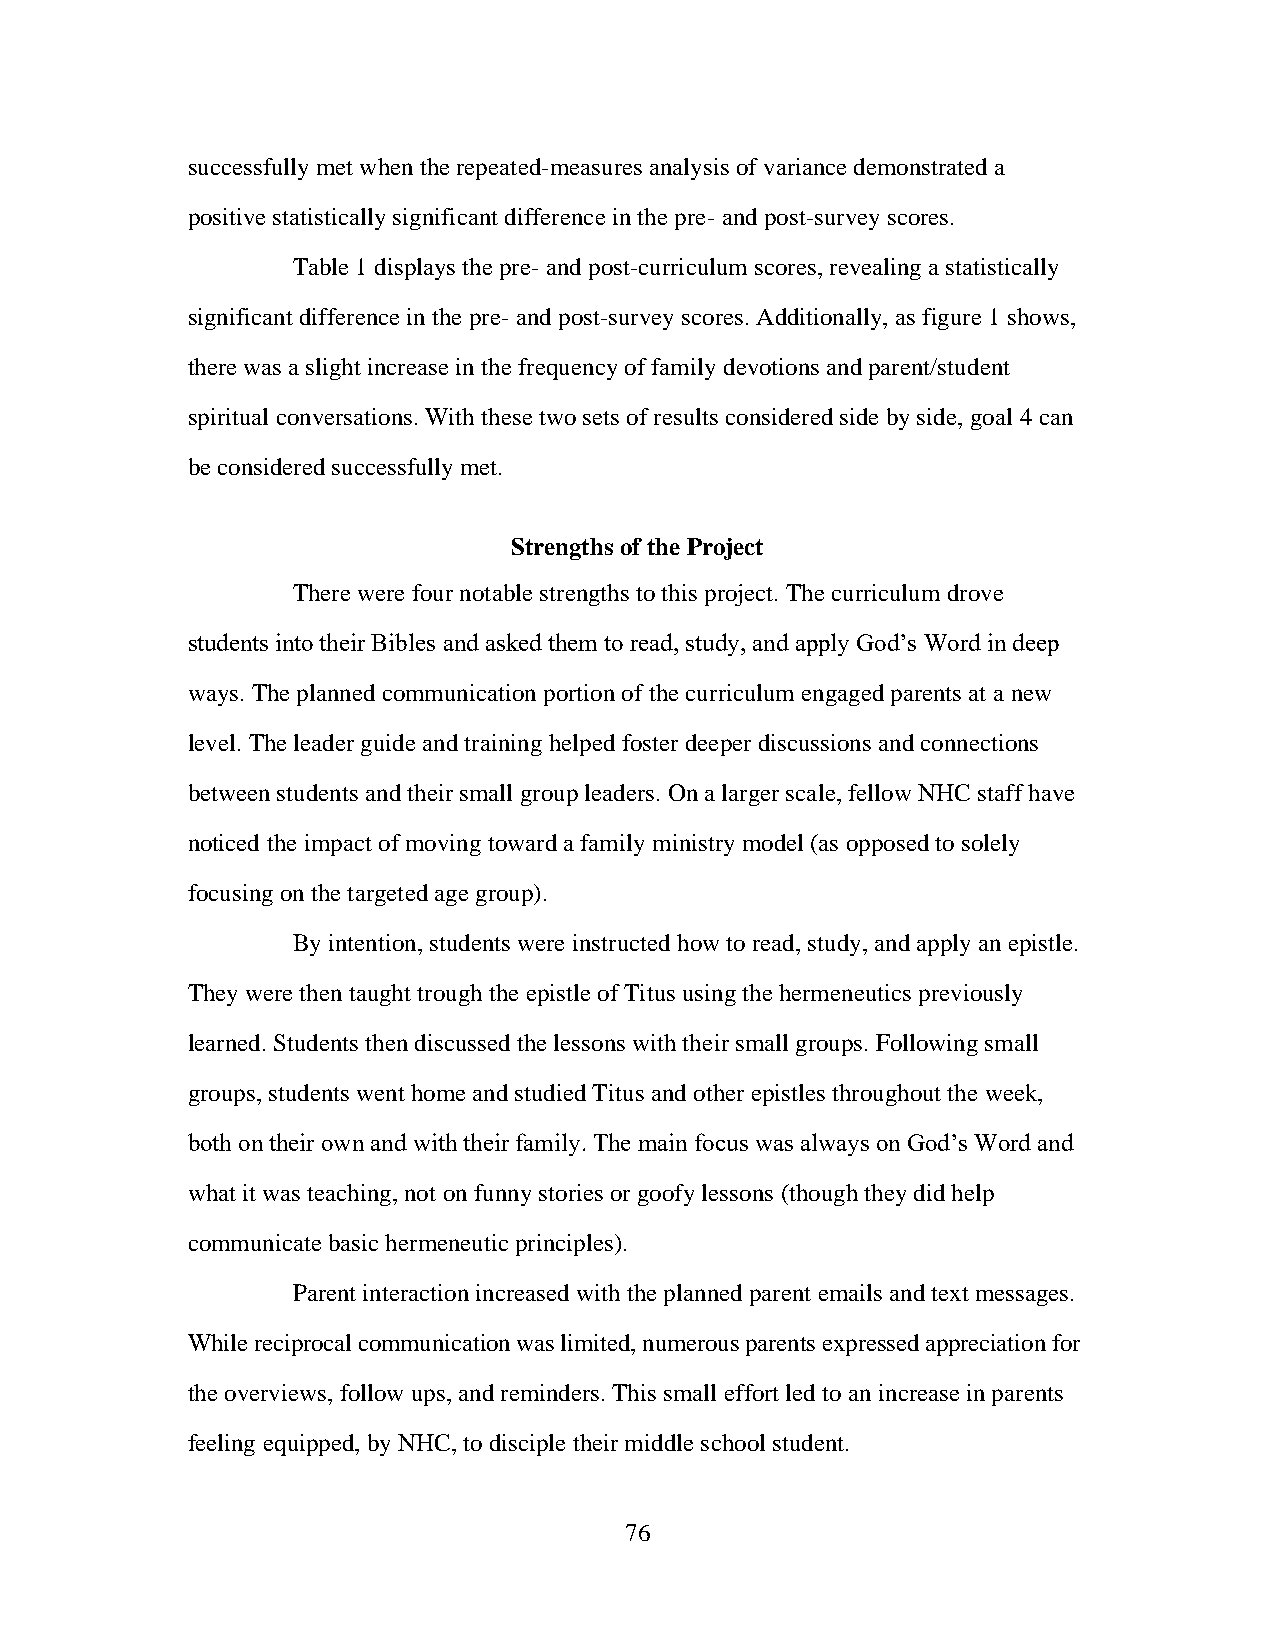
successfully met when the repeated-measures analysis of variance demonstrated a
 positive statistically significant difference in the pre- and post-survey scores.
 Table 1 displays the pre- and post-curriculum scores, revealing a statistically
 significant difference in the pre- and post-survey scores. Additionally, as figure 1 shows,
 there was a slight increase in the frequency of family devotions and parent/student
 spiritual conversations. With these two sets of results considered side by side, goal 4 can
 be considered successfully met.
 Strengths of the Project
 There were four notable strengths to this project. The curriculum drove
 students into their Bibles and asked them to read, study, and apply God’s Word in deep
 ways. The planned communication portion of the curriculum engaged parents at a new
 level. The leader guide and training helped foster deeper discussions and connections
 between students and their small group leaders. On a larger scale, fellow NHC staff have
 noticed the impact of moving toward a family ministry model (as opposed to solely
 focusing on the targeted age group).
 By intention, students were instructed how to read, study, and apply an epistle.
 They were then taught trough the epistle of Titus using the hermeneutics previously
 learned. Students then discussed the lessons with their small groups. Following small
 groups, students went home and studied Titus and other epistles throughout the week,
 both on their own and with their family. The main focus was always on God’s Word and
 what it was teaching, not on funny stories or goofy lessons (though they did help
 communicate basic hermeneutic principles).
 Parent interaction increased with the planned parent emails and text messages.
 While reciprocal communication was limited, numerous parents expressed appreciation for
 the overviews, follow ups, and reminders. This small effort led to an increase in parents
 feeling equipped, by NHC, to disciple their middle school student.
 76